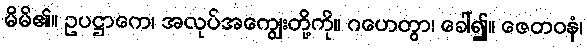
မိမိ၏။ ဥပဋ္ဌာကေ၊ အလုပ်အကျွေးတို့ကို။ ဂဟေတွာ၊ ခေါ်၍။ ဇေတဝနံ၊